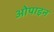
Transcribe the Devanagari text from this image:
ओपाइन